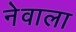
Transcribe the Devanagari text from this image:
नेवाला